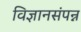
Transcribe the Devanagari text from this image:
विज्ञानसंपन्न